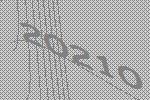
20210